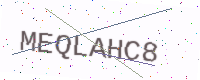
Text: MEQLAHC8